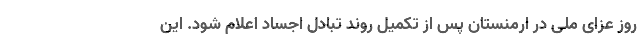
روز عزای ملی در ارمنستان پس از تکمیل روند تبادل اجساد اعلام شود. این